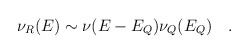
\begin{align*}\nu_R(E)\sim \nu(E-E_Q)\nu_Q(E_Q)~~~.\end{align*}